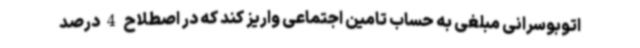
اتوبوسرانی مبلغی به حساب تامین اجتماعی واریز کند که در اصطلاح 4 درصد